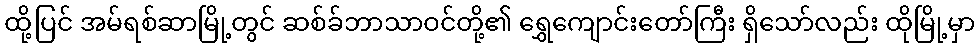
ထို့ပြင် အမ်ရစ်ဆာမြို့တွင် ဆစ်ခ်ဘာသာဝင်တို့၏ ရွှေကျောင်းတော်ကြီး ရှိသော်လည်း ထိုမြို့မှာ